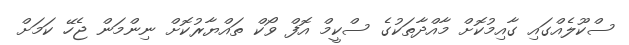
ސްކޫލެއްގައި ގާއިމުކޮށް މާއްދާތަކުގެ ސްކީމް އޮފް ވޯކް ތައްޔާރުކޮށް ނިންމަން ޖެހޭ ކަމަށް